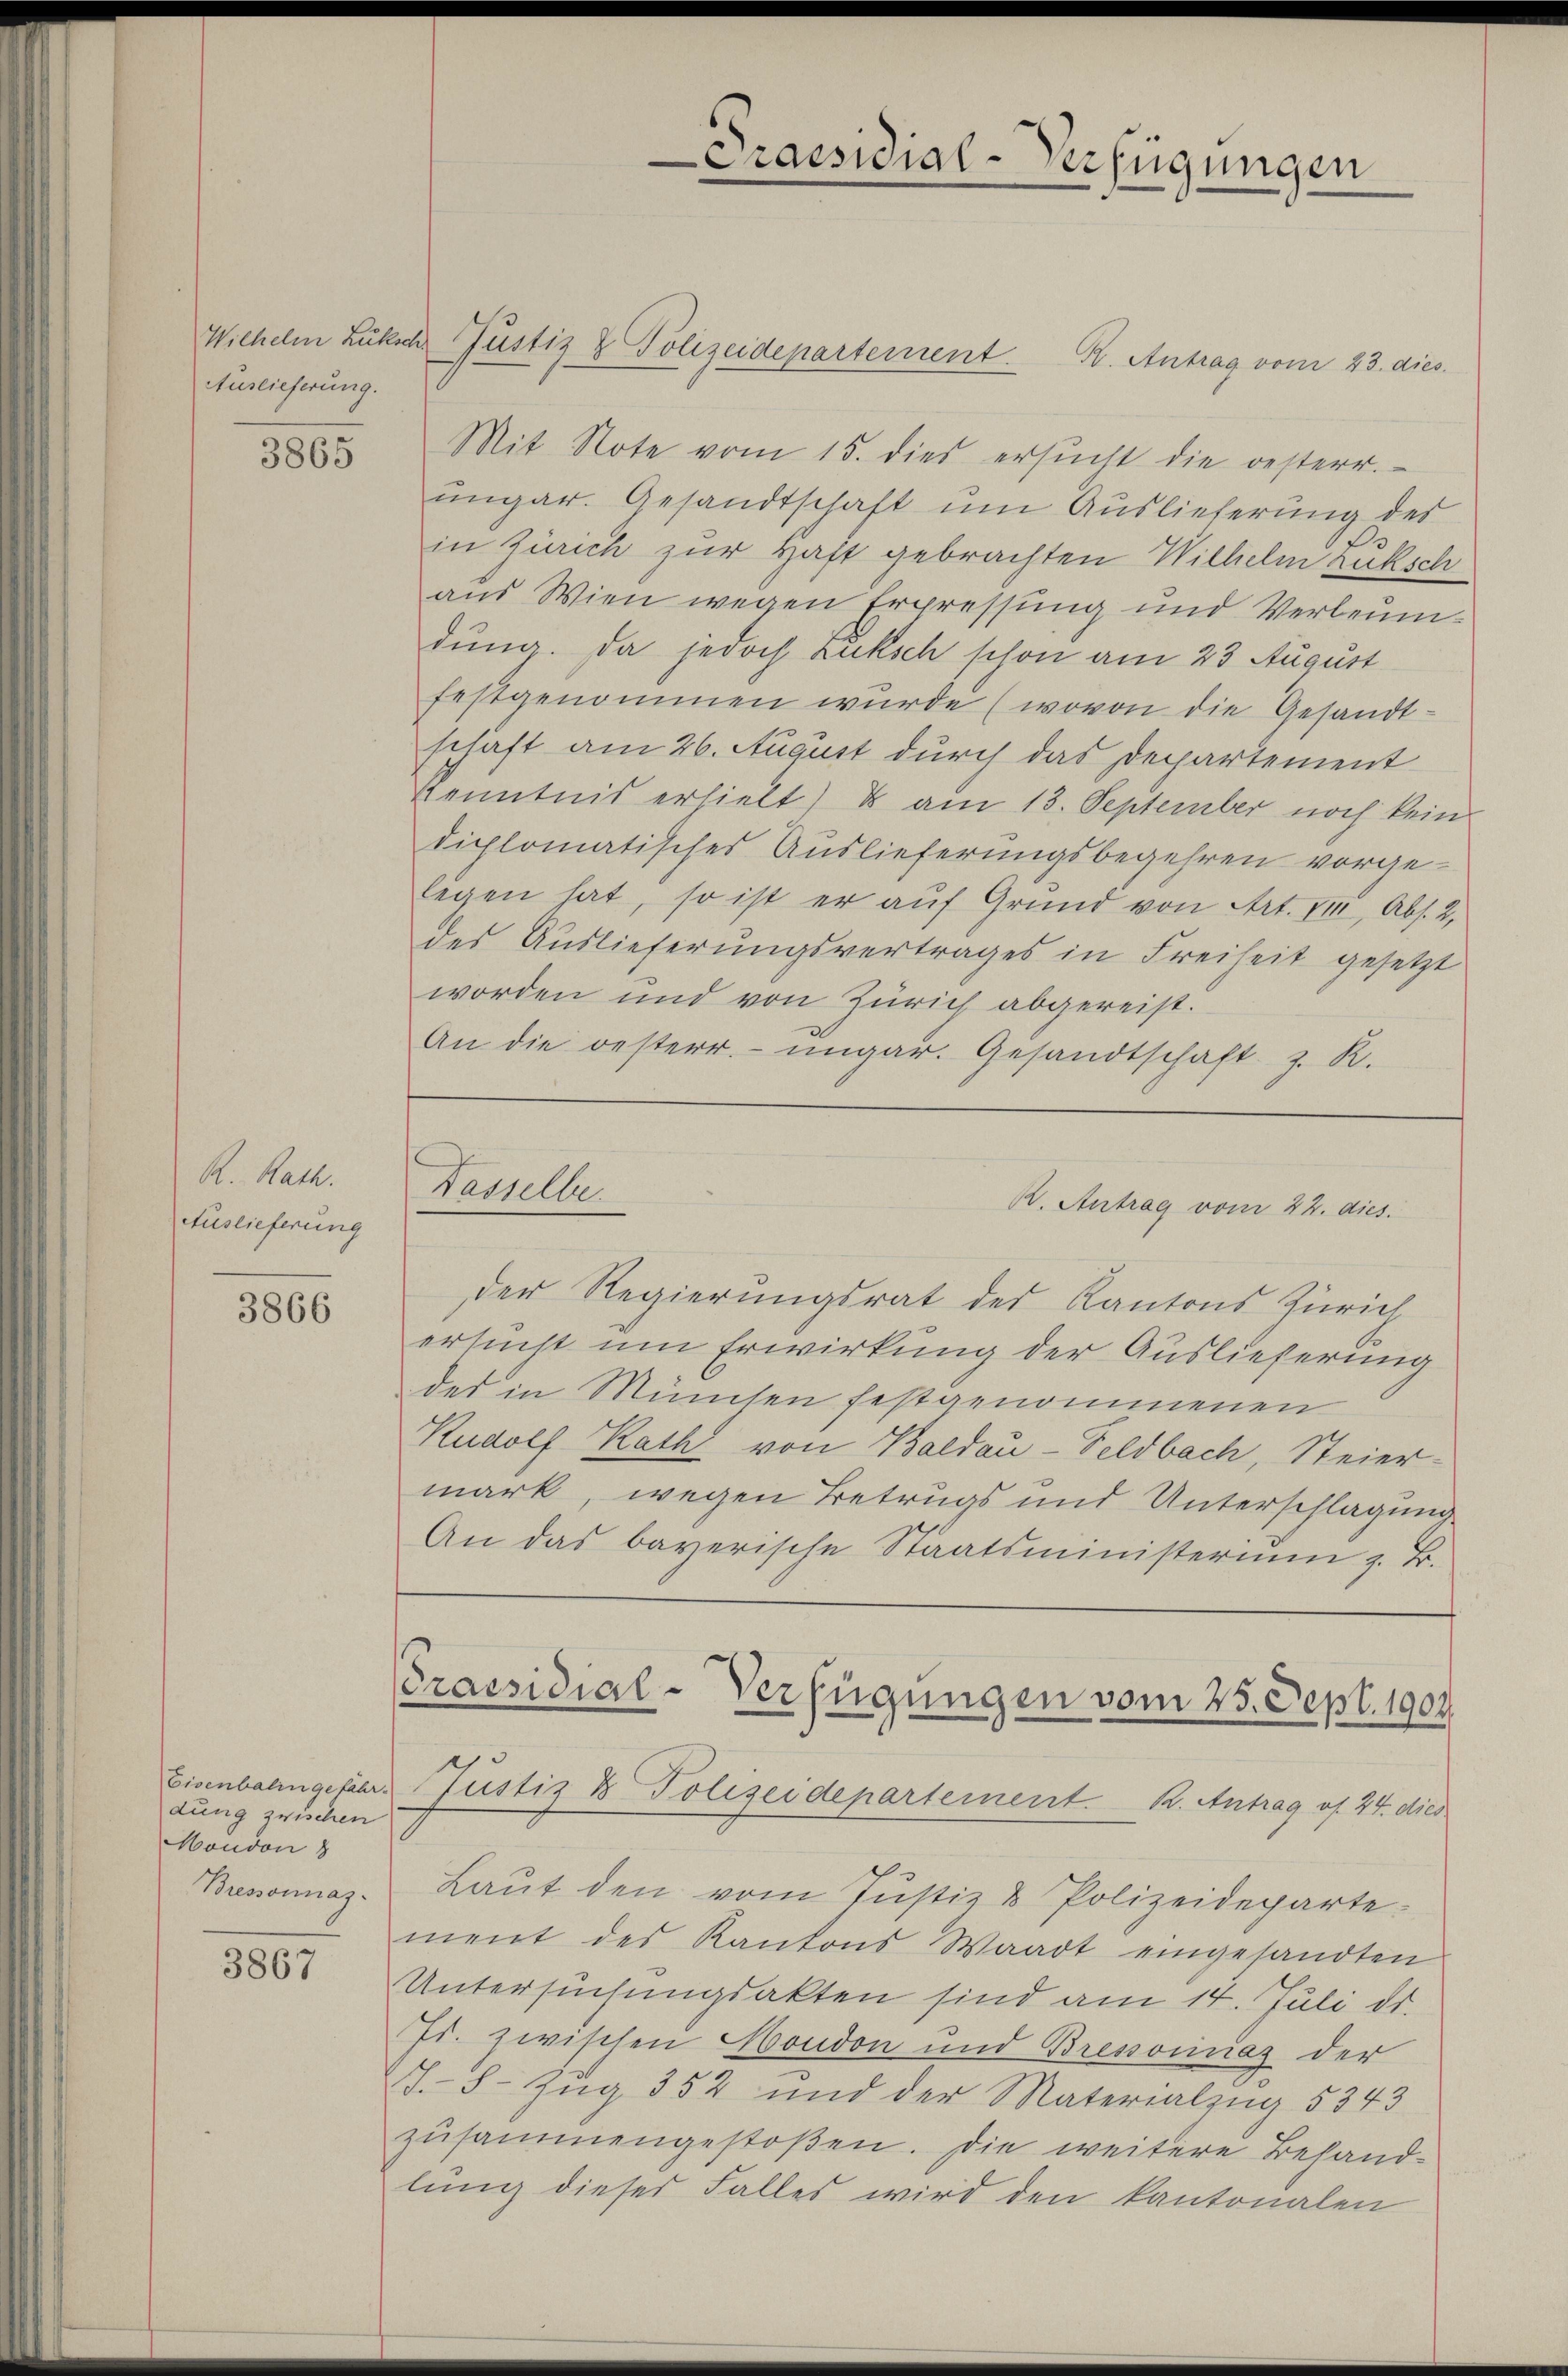
Auslieferung.

3865

R. Rath.
Auslieferung

3866

dung zwischen
Mondon 8
Bressonnas

3867

Wilhelm Lukicher Pustiz & Polizeidepartement. K. Antrag vom 23. dies
Mit Note vom 15. dies ersucht die oesterr.
ungar. Gesandtschaft um Auslieferung der
in Zürich zur Haft gebrachten Wilhelm Luksch
aus Wien wegen Erpressung und Verleumdung. Da jedoch Luksch schon am 23 August
festgenommen wurde (wovon die Gesandt-
schaft am 26. August durch das Departement
Kenntnis erhielt) & am 13. September noch kein
diplomatisches Auslieferungsbegehren vorgelegen hat, so ist er auf Grund von Art. VIII, Abs. 2,
des Auslieferŭngsvertrages in Freiheit gesetzt
worden und von Zürich abgereist.
An die oesterr.- ŭngar. Gesandtschaft z. R.

Dasselbe.

ersucht um Erwirkung der Auslieferung
des in Münten festgenommenen

der Regierungsrat des Kantons Zürich
Rudolf Rath von Baldau-Feldbach, Steier-
mark, wegen Betrugs und Unterschlagung
An das bayerische Staatsministeriŭm z. B.

Praesidial-Verfügungen

B. Antrag vom 22. dies

PPraesidial-Verfügungen vom 25. Sept. 1904
Eisenbahngeschr. Justiz & Polizeidepartement K. Antrag of 24. dies

Laut den vom Justiz & Polizeidepartement des Kantons Waadt eingesandten
Untersuchungsakten sind am 14. Juli ds.
Js. zwischen Moudon und Bressorinas der
I. Zug 352 und der Materialzug 5343
zusammengestoßen. Die weitere Behandlŭng dieses Falles wird den kantonalen